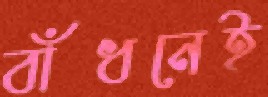
বাঁধনেই